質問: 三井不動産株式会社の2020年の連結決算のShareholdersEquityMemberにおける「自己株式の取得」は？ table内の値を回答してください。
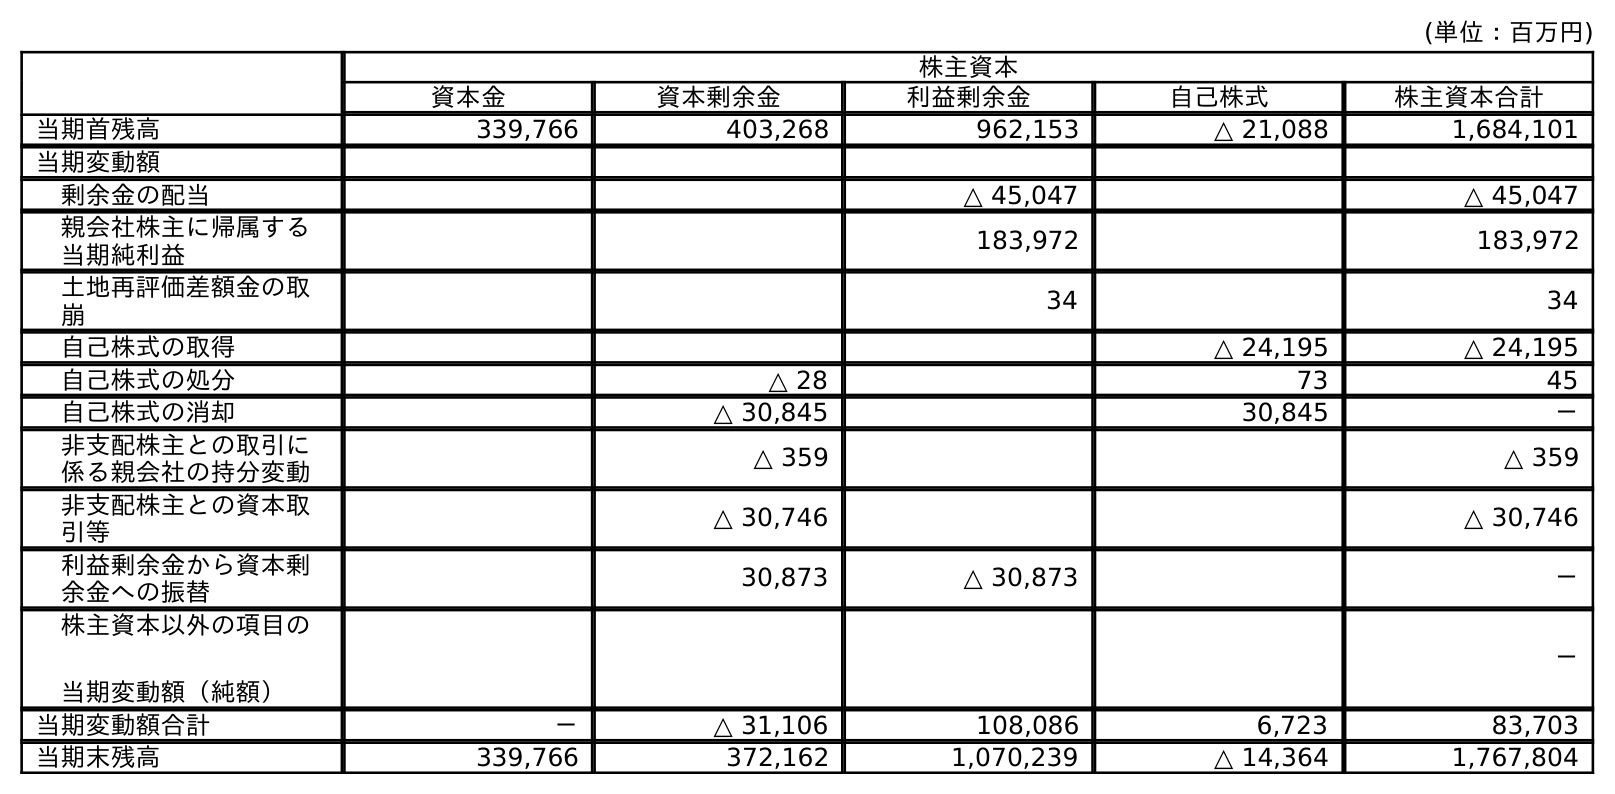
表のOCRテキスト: (単位：百万円) 株主資本 資本金 資本剰余金 利益剰余金 自己株式 株主資本合計 当期首残高 339,766 403,268 962,153 △ 21,088 1,684,101 当期変動額 剰余金の配当 △ 45,047 △ 45,047 親会社株主に帰属する 当期純利益 183,972 183,972 土地再評価差額金の取 崩 34 34 自己株式の取得 △ 24,195 △ 24,195 自己株式の処分 △ 28 73 45 自己株式の消却 △ 30,845 30,845 － 非支配株主との取引に 係る親会社の持分変動 △ 359 △ 359 非支配株主との資本取 引等 △ 30,746 △ 30,746 利益剰余金から資本剰 余金への振替 30,873 △ 30,873 － 株主資本以外の項目の 当期変動額（純額） － 当期変動額合計 － △ 31,106 108,086 6,723 83,703 当期末残高 339,766 372,162 1,070,239 △ 14,364 1,767,804
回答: △24,195